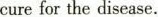
cure for the disease.